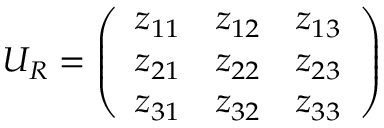
U _ { R } = \left( \begin{array} { c c c } { { z _ { 1 1 } } } & { { z _ { 1 2 } } } & { { z _ { 1 3 } } } \\ { { z _ { 2 1 } } } & { { z _ { 2 2 } } } & { { z _ { 2 3 } } } \\ { { z _ { 3 1 } } } & { { z _ { 3 2 } } } & { { z _ { 3 3 } } } \end{array} \right)